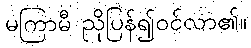
မကြာမီ ညိုပြန်၍ဝင်လာ၏။